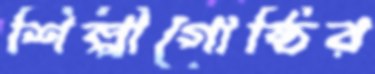
শিল্পীগোষ্ঠির